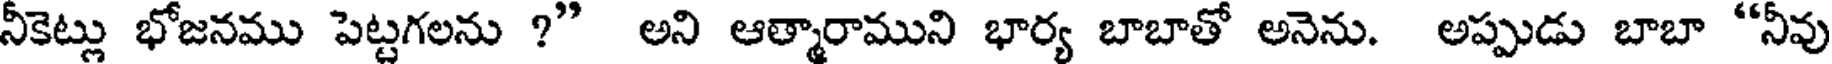
నీకెట్లు భోజనము పెట్టగలను ?" అని ఆత్మారాముని భార్య బాబాతో అనెను. అప్పుడు బాబా "నీవు